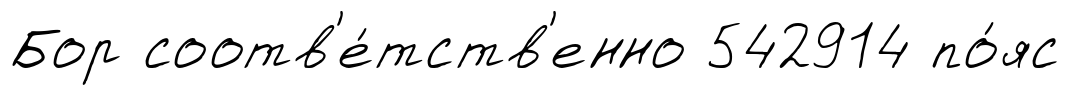
Бор соотв'е́тств'енно 542914 по́яс